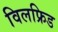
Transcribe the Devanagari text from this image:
विलफ्रिड